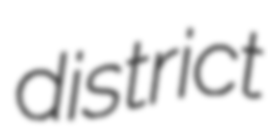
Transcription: district